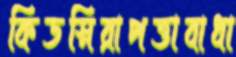
কিডস্নিরাপত্তাবাধা